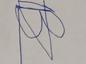
Signature authenticity: forged